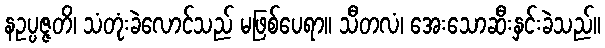
နဥပ္ပဇ္ဇတိ၊ သံတုံးခဲလောင်သည် မဖြစ်ပေရာ။ သီတလံ၊ အေးသောဆီးနှင်းခဲသည်။